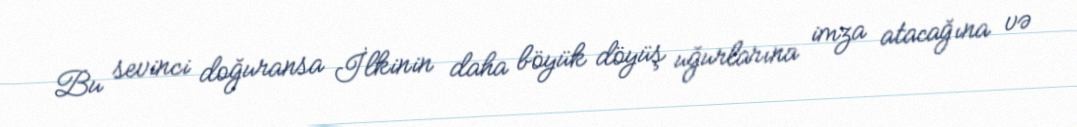
Bu sevinci doğuransa İlkinin daha böyük döyüş uğurlarına imza atacağına və